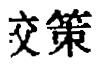
交策